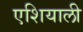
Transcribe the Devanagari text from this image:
एशियाली